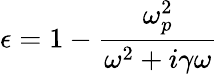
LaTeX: \epsilon=1-{\frac{\omega_{p}^{2}}{\omega^{2}+i\gamma\omega}}